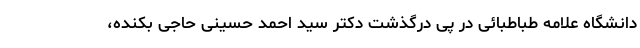
دانشگاه علامه طباطبائی در پی درگذشت دکتر سید احمد حسینی حاجی بکنده،